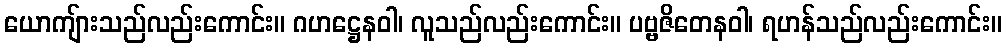
ယောကျ်ားသည်လည်းကောင်း။ ဂဟဋ္ဌေနဝါ၊ လူသည်လည်းကောင်း။ ပဗ္ဗဇိတေနဝါ၊ ရဟန်သည်လည်းကောင်း။